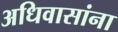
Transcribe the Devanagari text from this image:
अधिवासांना